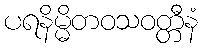
ပရနိမ္မိတဝသဝတ္တီနံ